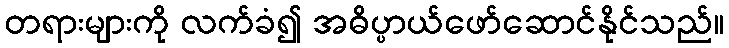
တရားများကို လက်ခံ၍ အဓိပ္ပာယ်ဖော်ဆောင်နိုင်သည်။